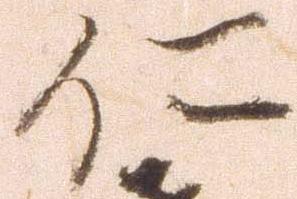
仁